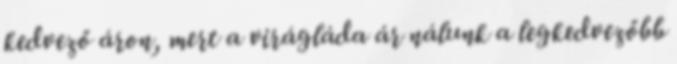
kedvező áron, mert a virágláda ár nálunk a legkedvezőbb